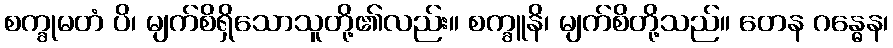
စက္ခုမတံ ပိ၊ မျက်စိရှိသောသူတို့၏လည်း။ စက္ခူနိ၊ မျက်စိတို့သည်။ တေန ဂန္ဓေန၊